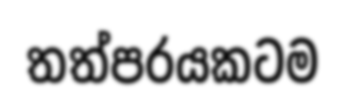
තත්පරයකටම